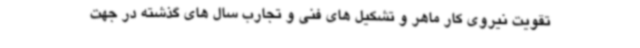
تقویت نیروی کار ماهر و تشکیل های فنی و تجارب سال های گذشته در جهت